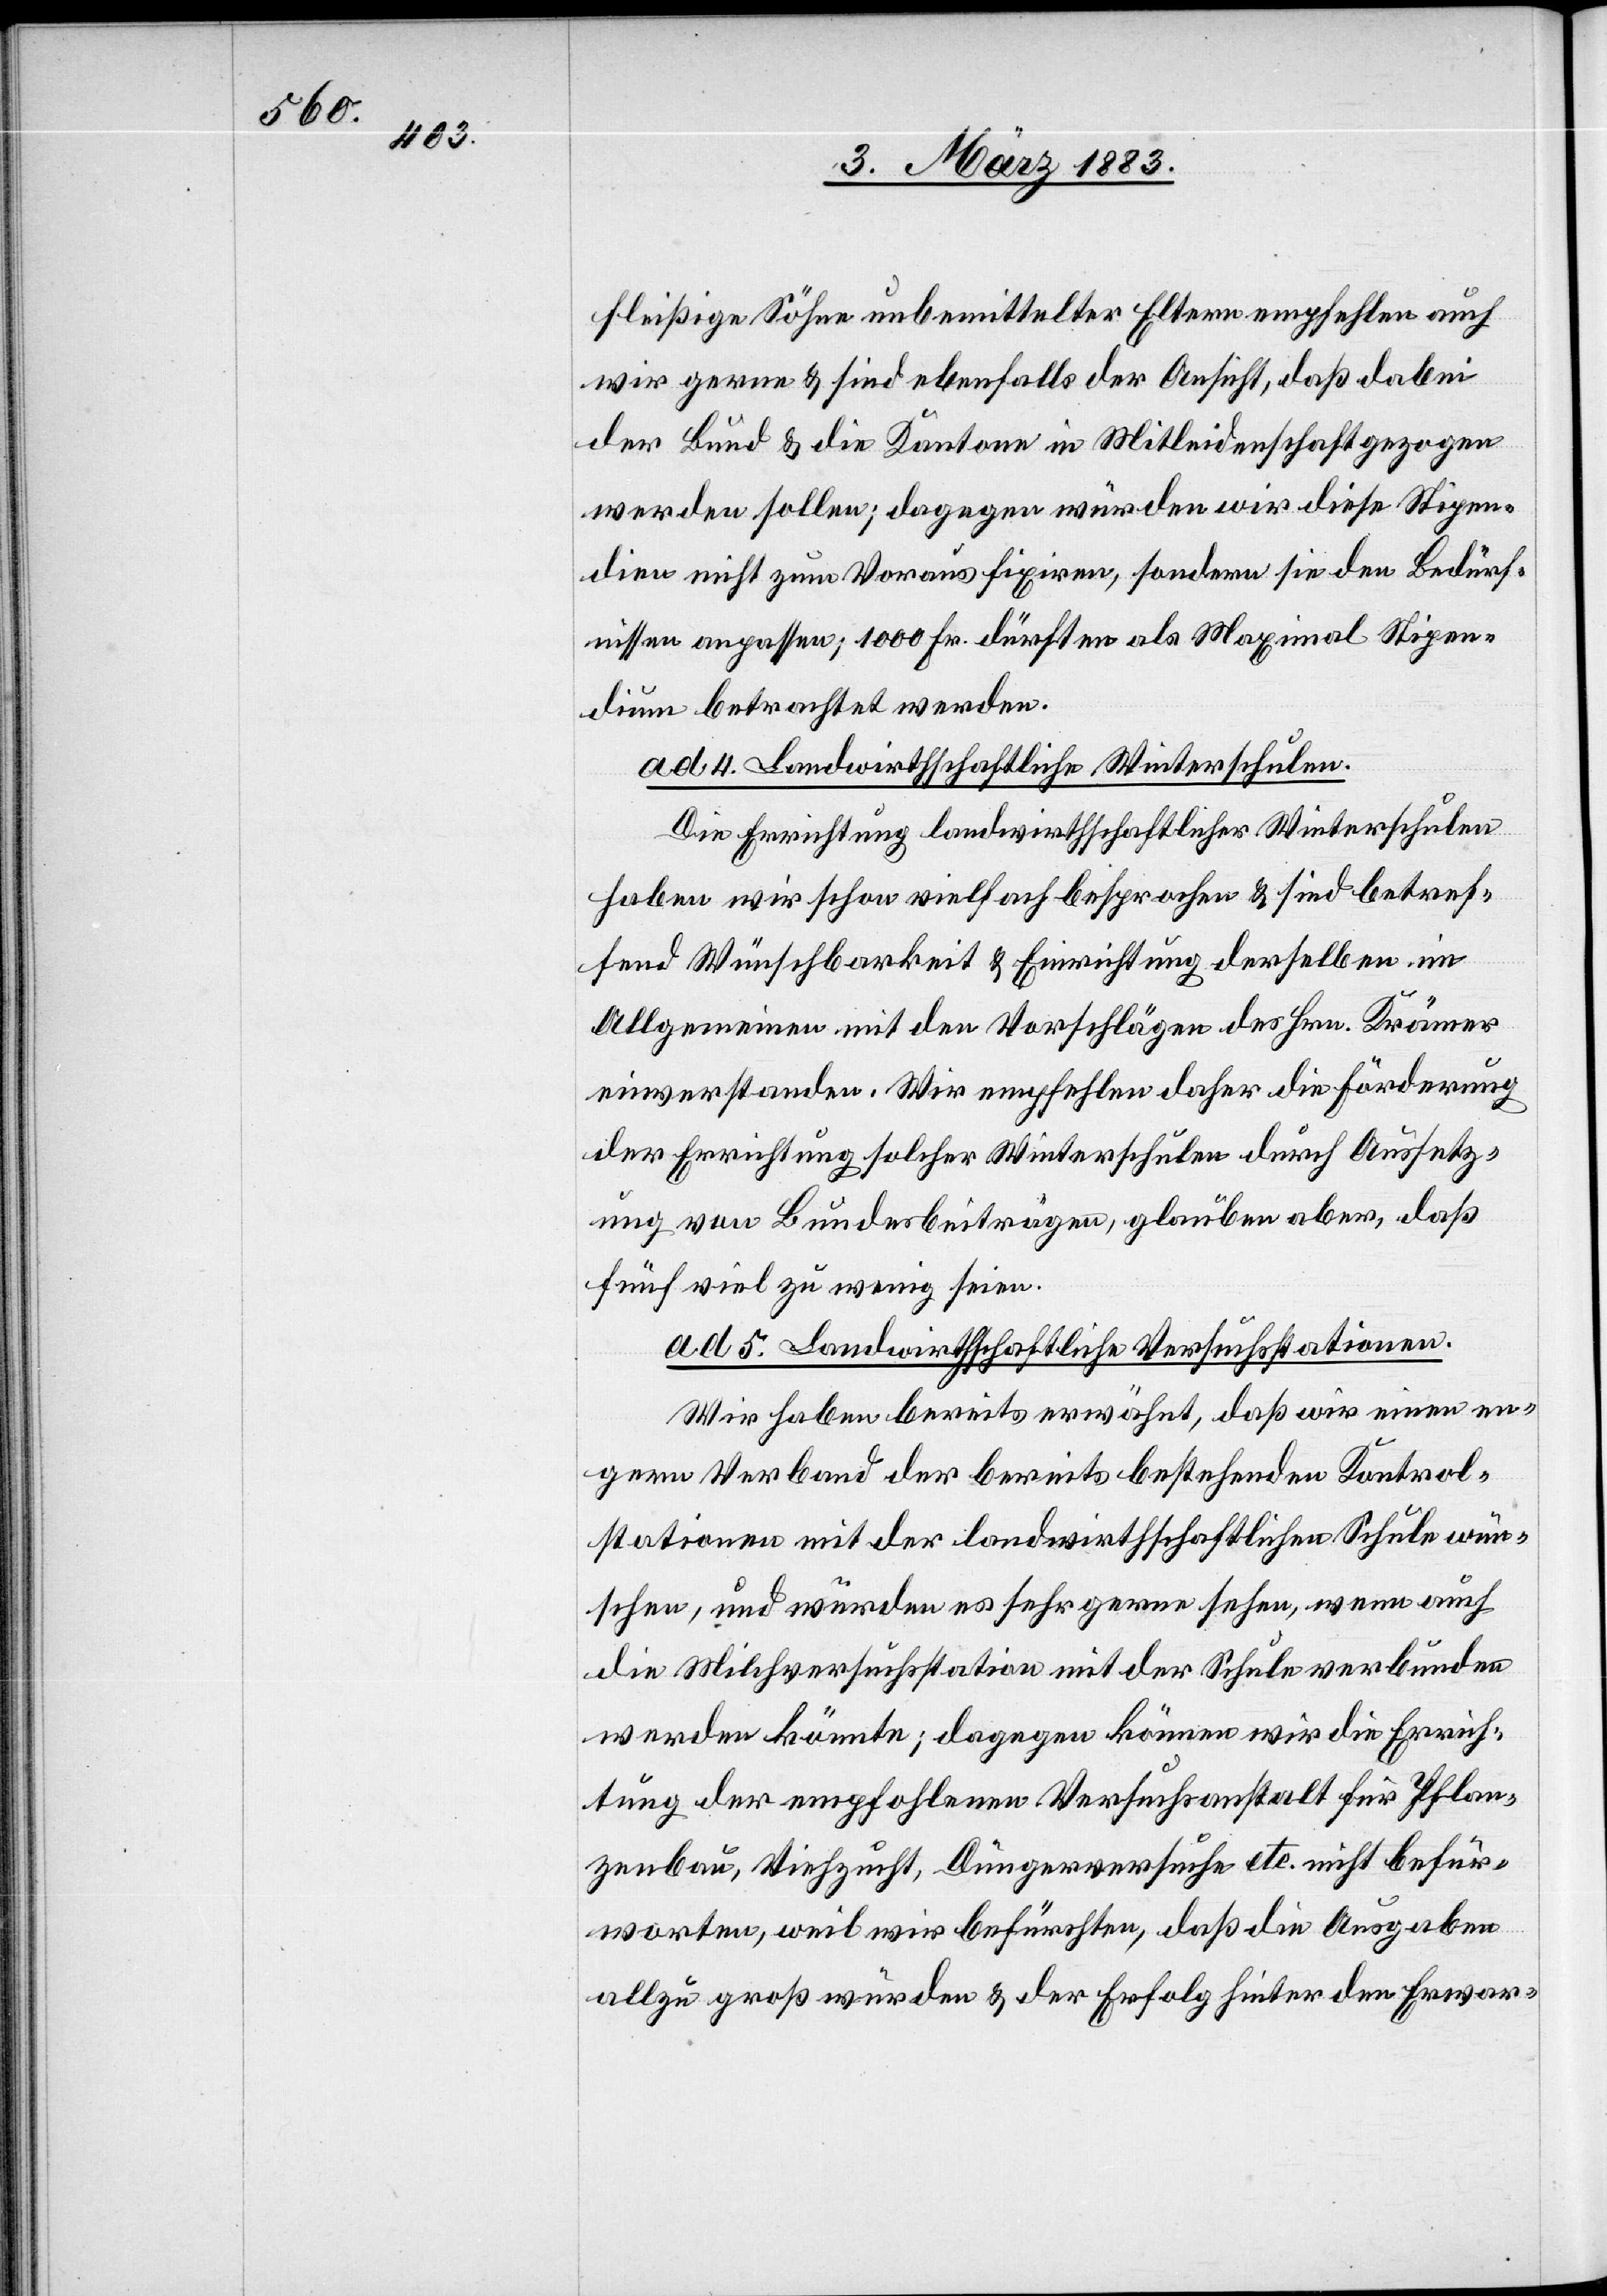
fleißige Söhne unbemittelter Eltern empfehlen auch
wir gerne & sind ebenfalls der Ansicht, daß dabei
der Bund & die Kantone in Mitleidenschaft gezogen
werden sollen; dagegen würden wir diese Stipen¬
dien nicht zum Voraus fixiren, sondern sie den Bedürf¬
nissen anpassen; 1000 Fr. dürften als Maximal Stipen¬
dium betrachtet werden.
ad 4. Landwirthschaftliche Winterschulen.
Die Errichtung landwirthschaftlicher Winterschulen
haben wir schon vielfach besprochen & sind betref¬
fend Wünschbarkeit & Einrichtung derselben im
Allgemeinen mit den Vorschlägen des Hrn. Krämer
einverstanden. Wir empfehlen daher die Förderung
der Errichtung solcher Winterschulen durch Aussetz¬
ung von Bundesbeiträgen, glauben aber, daß
fünf viel zu wenig seien.
ad 5. Landwirthschaftliche Versuchsstationen.
Wir haben bereits erwähnt, daß wir einen en¬
gern Verband der bereits bestehenden Kontrol¬
stationen mit der landwirthschaftlichen Schule wün¬
schen, und würden es sehr gerne sehen, wenn auch
die Milchversuchsstation mit der Schule verbunden
werden könnte; dagegen können wir die Errich¬
tung der empfohlenen Versuchsanstalt für Pflan¬
zenbau, Viehzucht, Düngerversuche etc. nicht befür¬
worten, weil wir befürchten, daß die Ausgaben
allzu groß würden & der Erfolg hinter den Erwar-